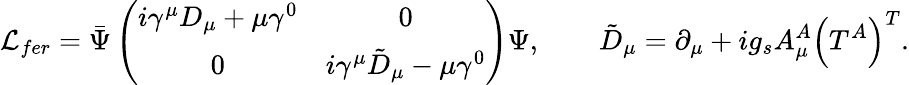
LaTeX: {\cal L}_{fer}=\bar{\Psi}\left(\begin{array}{cc}{{i\gamma^{\mu}D_{\mu}+\mu\gamma^{0}}}&{{0}}\\ {{0}}&{{i\gamma^{\mu}\tilde{D}_{\mu}-\mu\gamma^{0}}}\end{array}\right)\Psi,\qquad\tilde{D}_{\mu}=\partial_{\mu}+ig_{s}A_{\mu}^{A}\left(T^{A}\right)^{T}.